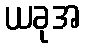
ယခုအ